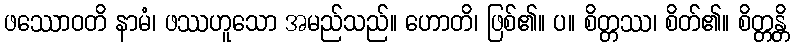
ဖဿောဝတိ နာမံ၊ ဖဿဟူသော အမည်သည်။ ဟောတိ၊ ဖြစ်၏။ ပ။ စိတ္တဿ၊ စိတ်၏။ စိတ္တန္တိ